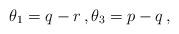
LaTeX: \begin{align*}\theta_1=q-r\,,\theta_3=p-q\,,\end{align*}